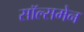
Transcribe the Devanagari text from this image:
सॉल्समेन